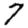
Digit: 7